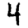
Digit: 4